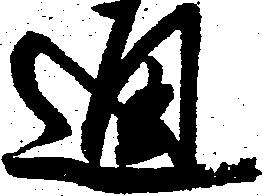
通